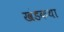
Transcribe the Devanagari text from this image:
खंडकथा